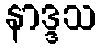
နာဒ္ဒသ